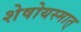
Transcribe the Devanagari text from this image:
शेषोयस्मात्